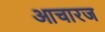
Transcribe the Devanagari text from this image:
आचारज